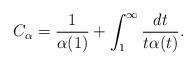
LaTeX: \begin{align*}C_\alpha = \frac{1}{\alpha(1)} + \int_1^\infty \frac{dt}{t\alpha(t)}. \end{align*}